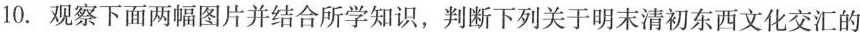
10.观察下面两幅图片并结合所学知识，判断下列关于明末清初东西文化交汇的